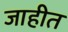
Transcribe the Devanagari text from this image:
जाहीत